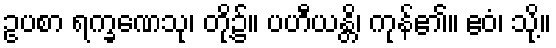
ဥပစာ ရက္ခဏေသု၊ တို့၌။ ပဟီယန္တိ၊ ကုန်၏။ ဧဝံ၊ သို့။